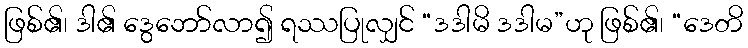
ဖြစ်၏၊ ဒါ၏ ဒွေဘော်လာ၍ ရဿပြုလျှင် “ဒဒါမိ ဒဒါမ”ဟု ဖြစ်၏၊ “ဒေတိ